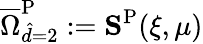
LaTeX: \overline{{\Omega}}_{\hat{d}=2}^{\mathrm{{P}}}:=\mathbf{S}^{\mathrm{P}}(\xi,\mu)